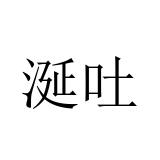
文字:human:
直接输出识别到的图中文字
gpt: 涎吐